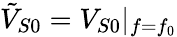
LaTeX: \tilde{V}_{S0}=V_{S0}|_{f=f_{0}}